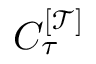
C _ { \tau } ^ { [ \mathcal { T } ] }